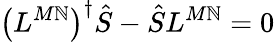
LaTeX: \left(L^{M\mathbb{N}}\right)^{\dagger}\hat{{S}}-\hat{{S}}L^{M\mathbb{N}}=0